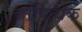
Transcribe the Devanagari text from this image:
कापित्थक